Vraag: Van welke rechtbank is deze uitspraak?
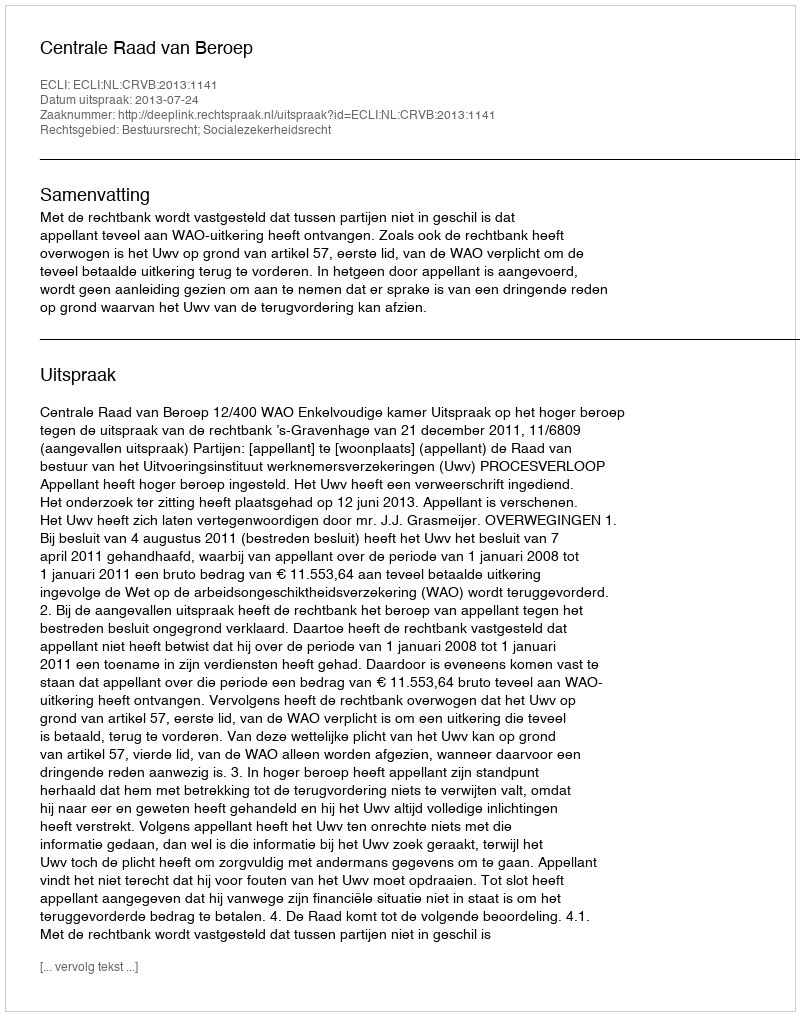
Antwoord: Centrale Raad van Beroep